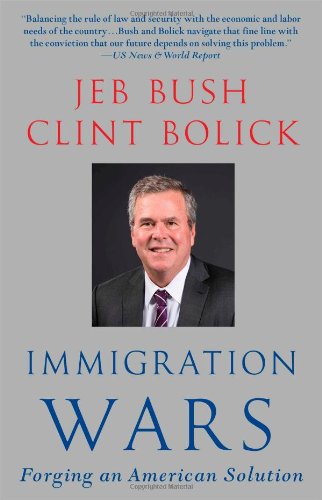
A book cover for Immigration Wars: Forging an American Solution; Jeb Bush; Politics & Social Sciences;